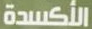
الأكسدة